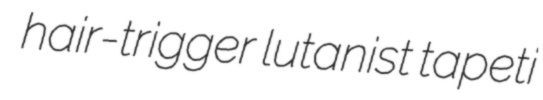
hair-trigger lutanist tapeti